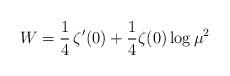
LaTeX: \begin{align*}W=\frac{1}{4}\,\zeta'(0)+\frac{1}{4} \zeta(0) \log \mu^2\end{align*}